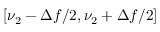
[ \nu _ { 2 } - \Delta f / 2 , \nu _ { 2 } + \Delta f / 2 ]